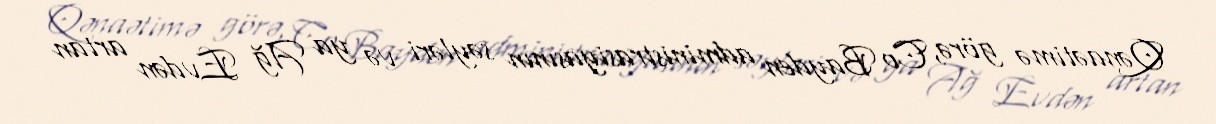
Qənaətimə görə, Co Bayden administrasiyasının səyləri və ya Ağ Evdən artan